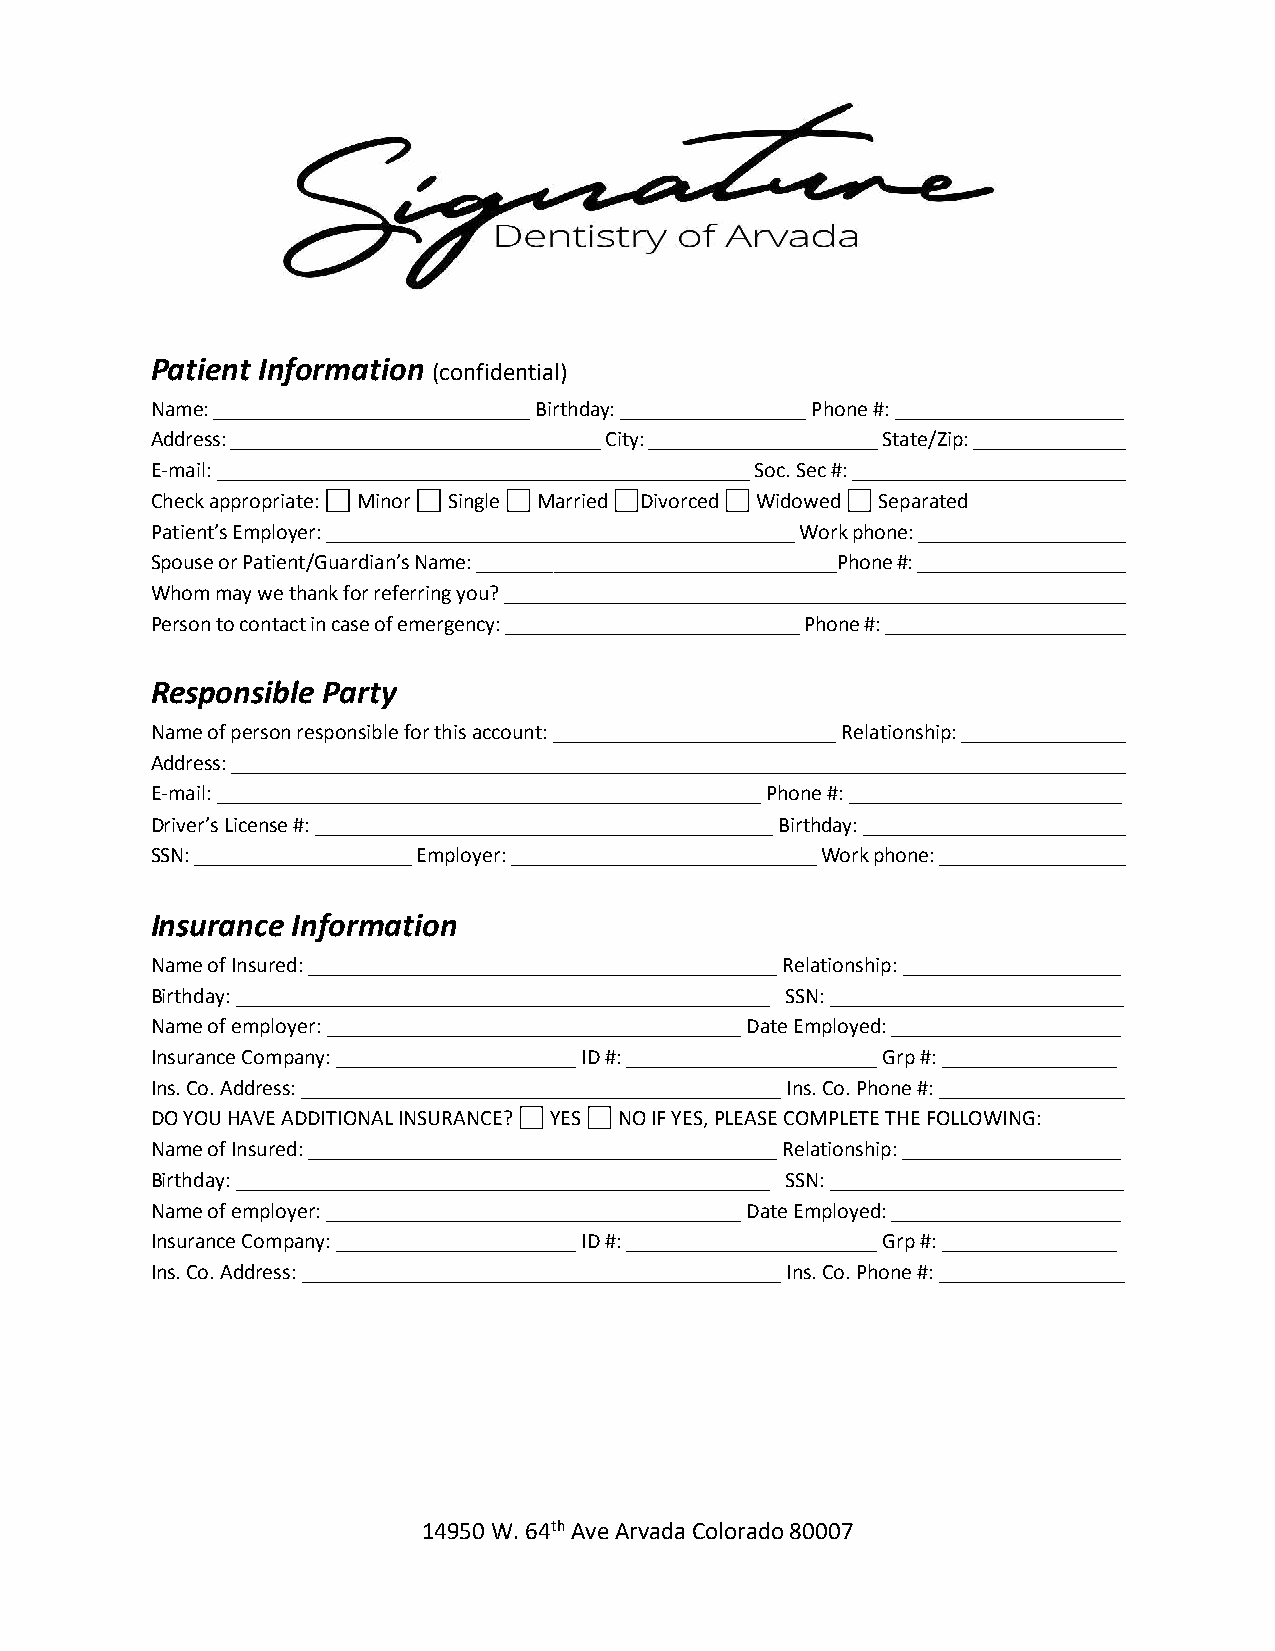
Patient Information
 (confidential)
 Name: _____________________________ Birthday: _________________ Phone #: _____________________
 Address: __________________________________ City: _____________________ State/Zip: ______________
 E-mail: _________________________________________________ Soc. Sec #: _________________________
 Check appropriate: Minor Single Married Divorced Widowed Separated
 Patient’s Employer: ___________________________________________ Work phone: ___________________
 Spouse or Patient/Guardian’s Name: _________________________________Phone #: ___________________
 Whom may we thank for referring you? _________________________________________________________
 Person to contact in case of emergency: ___________________________ Phone #: ______________________
 Responsible Party
 Name of person responsible for this account: __________________________ Relationship: _______________
 Address: __________________________________________________________________________________
 E-mail: __________________________________________________ Phone #: _________________________
 Driver’s License #: __________________________________________ Birthday: ________________________
 SSN: ____________________ Employer: ____________________________ Work phone: _________________
 Insurance Information
 Name of Insured: ___________________________________________ Relationship: ____________________
 Birthday: _________________________________________________ SSN: ___________________________
 Name of employer: ______________________________________ Date Employed: _____________________
 Insurance Company: ______________________ ID #: _______________________ Grp #: ________________
 Ins. Co. Address: ____________________________________________ Ins. Co. Phone #: _________________
 DO YOU HAVE ADDITIONAL INSURANCE? YES NO IF YES, PLEASE COMPLETE THE FOLLOWING:
 Name of Insured: ___________________________________________ Relationship: ____________________
 Birthday: _________________________________________________ SSN: ___________________________
 Name of employer: ______________________________________ Date Employed: _____________________
 Insurance Company: ______________________ ID #: _______________________ Grp #: ________________
 Ins. Co. Address: ____________________________________________ Ins. Co. Phone #: _________________
 14950 W. 64th Ave Arvada Colorado 80007